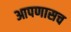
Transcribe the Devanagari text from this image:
आपणासच